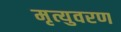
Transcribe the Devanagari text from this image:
मृत्युवरण